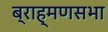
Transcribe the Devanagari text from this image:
ब्राह्मणसभा